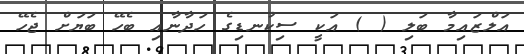
އަލްޒައިމާ ބަލި ( ) އަކީ ސިކުނޑިގެ ހަދާނާއި ބެހޭ ބަޔަށް ޖެހޭ